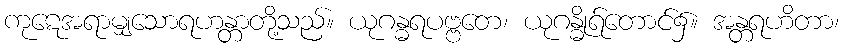
ကုဋေအရာမျှသောရဟန္တာတို့သည်။ ယုဂန္ဓရပဗ္ဗတေ၊ ယုဂန္ဓိုရ်တောင်၌။ အန္တရဟိတာ၊